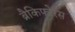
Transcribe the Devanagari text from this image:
ब्रैकिफोरस